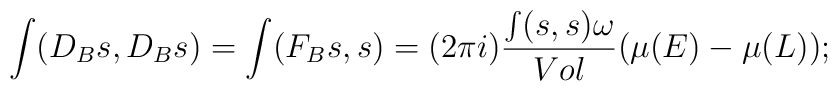
\int (D_B s, D_B s) = \int (F_B s, s) = (2\pi i)\frac{\int (s, s)\omega }{Vol} (\mu(E)- \mu(L));